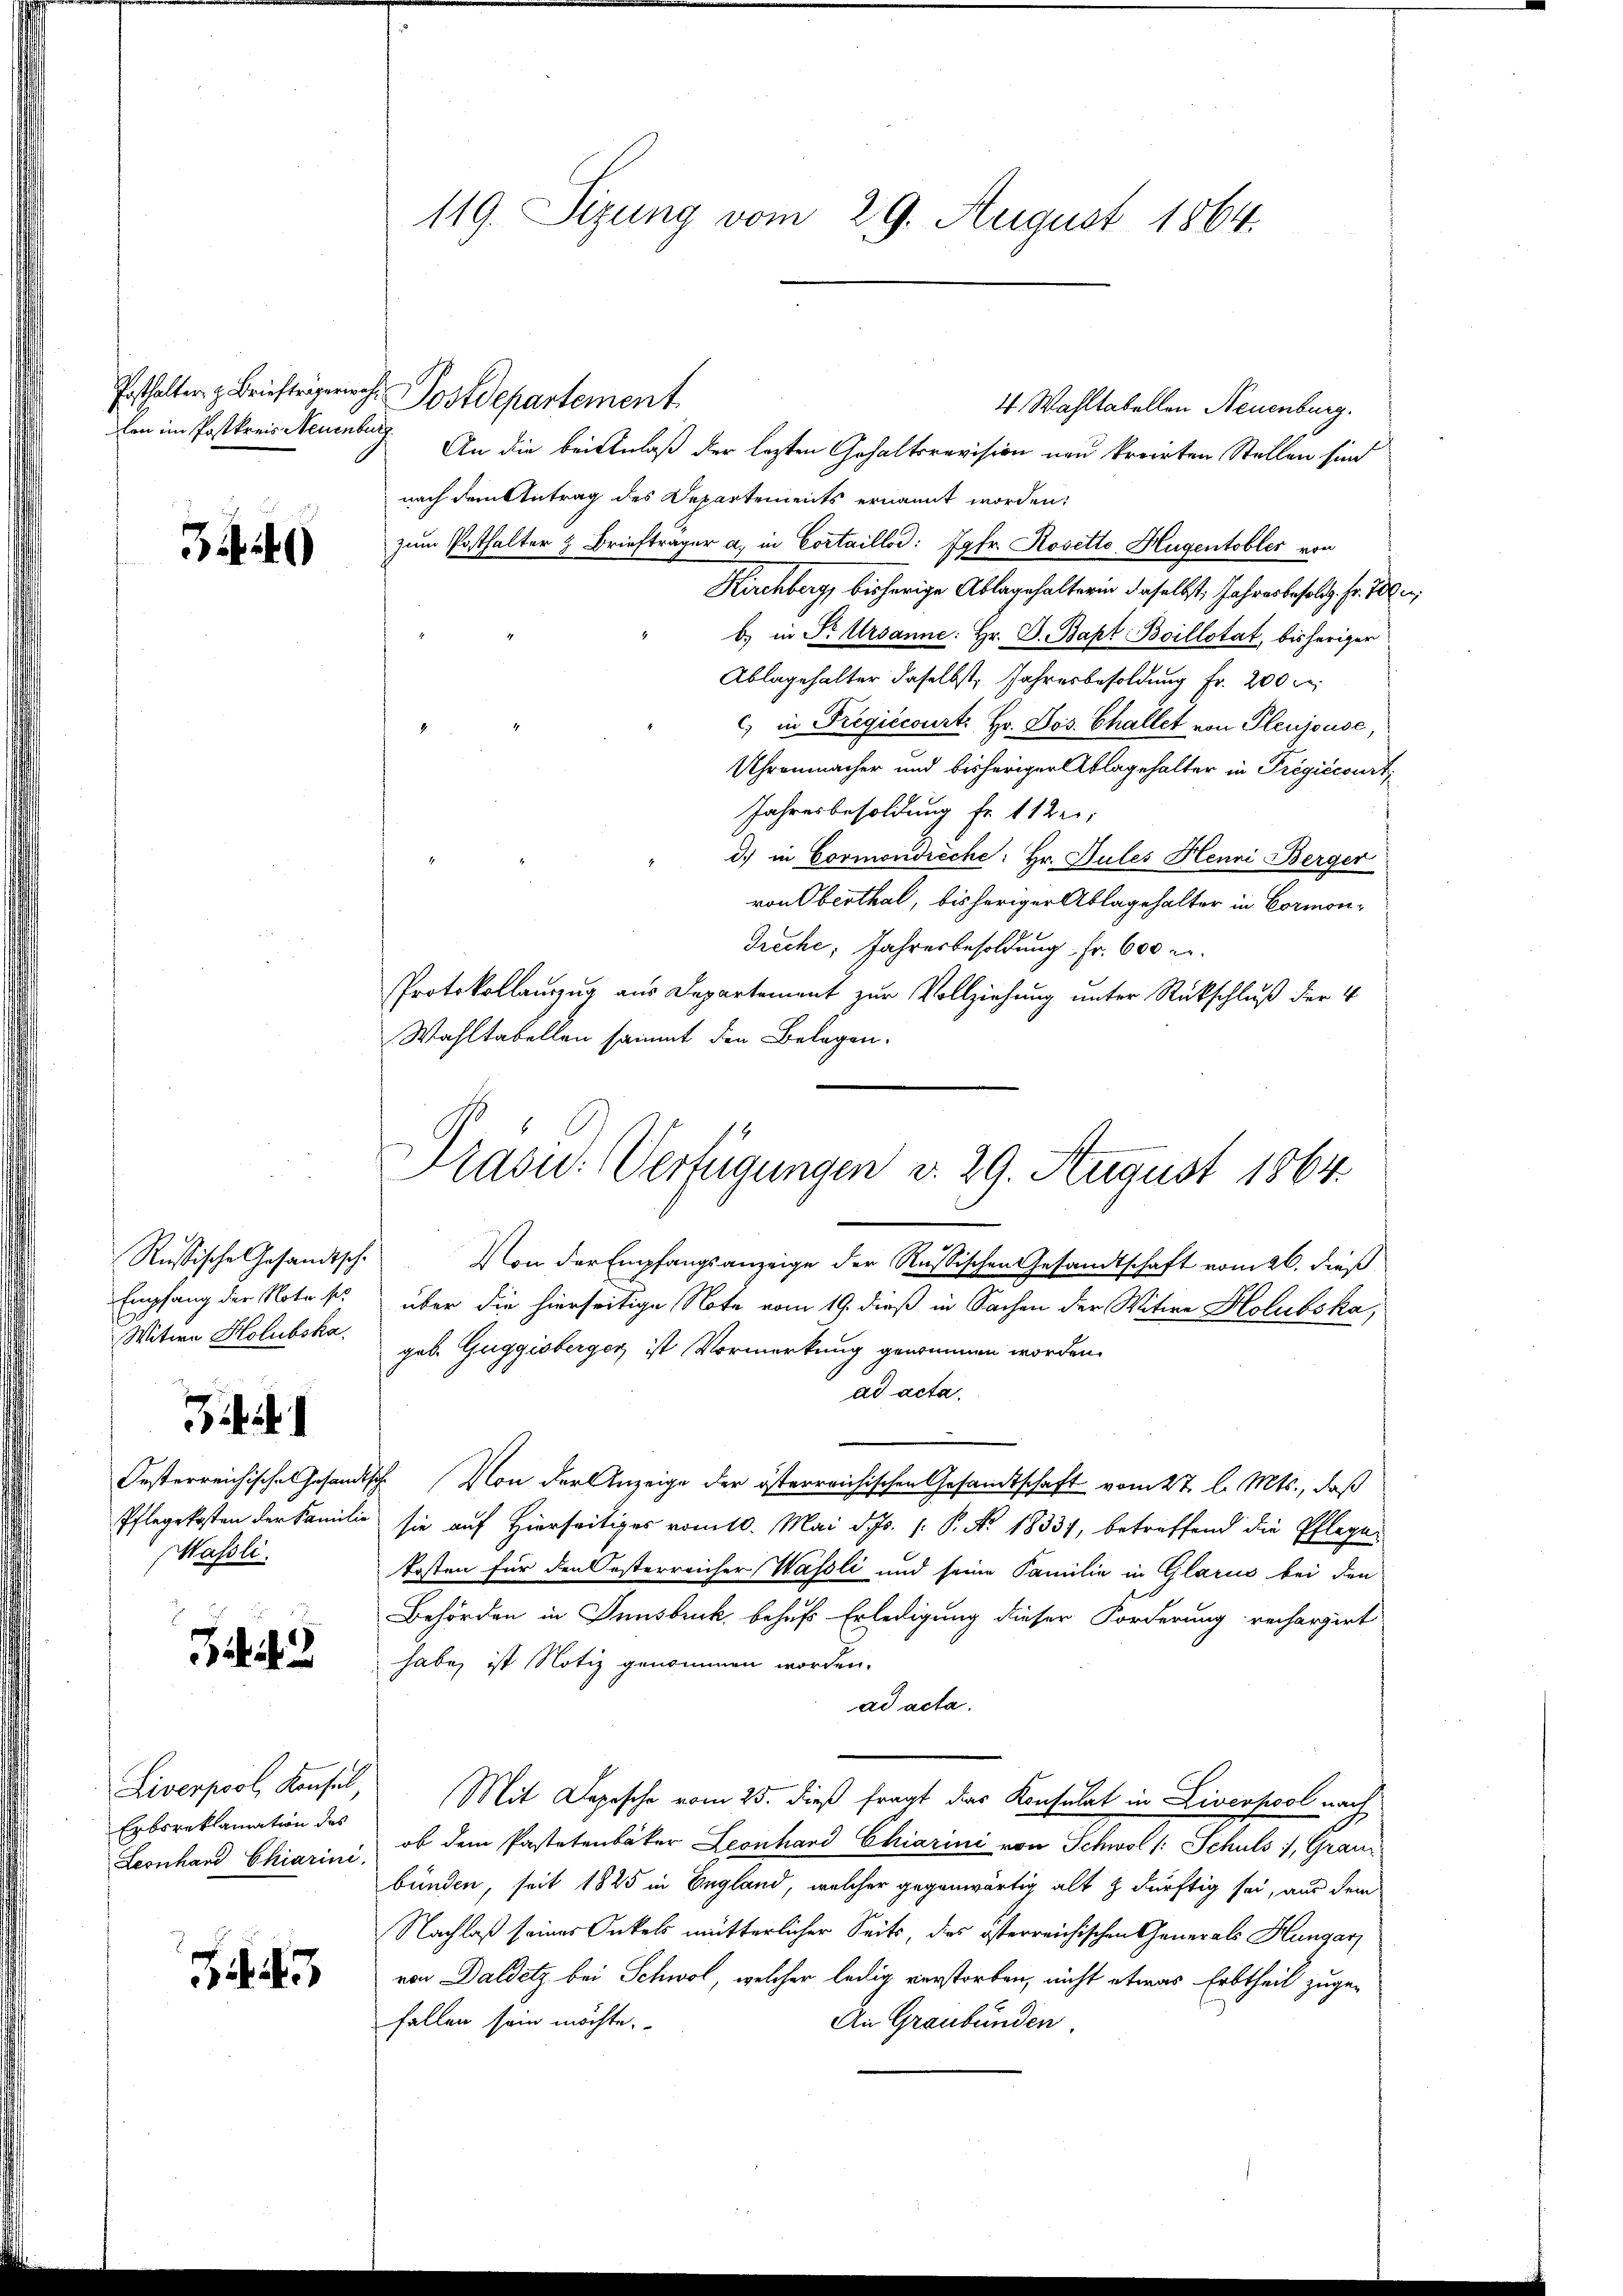
3440

Russische Gesandtsche
Empfang der Note sie
Witwe Holuboka

Oesterreichisches Gesandt,
Pflegekosten der Familie
Massli

3. 43

Liverpool, Konsel,
Erbsreklamation des
Leonhard Chiarini.

119. Sizung vom 29. August 1864.

Posthalter z. Briefträgerich. Postdepartement.
4 Wahltabellen Neuenburg.
len im Postkreis Neuenburg. An die bei Anlaß der lezten Gehaltsrevision neu kreisten Stellen sind
nach dem Antrag des Departements ernannt worden:
zum Posthalter & Briefträger a. in Cortaillod: Jgfr. Rosetto Hugentobler von
Kirchberg, bisherige Ablagehalterin daselbst, Jahres befolg. Fr. 700.
b) in Dr Ursanne: Hr. D. Bapt Boillotat, bisheriger
Ablagehalter daselbst, Jahresbesoldung fr. 200
c) in Fregićcourt Hr. Jos. Challet von Pleujouse,
Uhrenmacher und bisheriger Ablagehalter in Fregićcourt
Jahresbesoldung fr. 112;
d.) in Cormondreche: Hr. Pules Henni Berger
von Oberthal, bisheriger Ablagehalter in Cormon¬
Treche, Jahresbesoldung Fr. 600 u.
Protokollauszug aus Departement zur Vollziehung unter Rückschluß der 4
Wahltabellen sammt den Belegen.
Von der Empfangsanzeige der Russischen Gesandtschaft vom 26. dieß
über die hierseitige Note vom 19. dieß in Sachen der Witwe Holuboka,
geb. Guggisberger ist Vormerkung genommen worden.
ad acta.
h. Von der Anzeige der österreichischen Gesandtschaft vom 27. l. Mts., daß
sie auf Hierseitiges vom 10. Mai d. Js. 1. P. Nr. 1833, betreffend die Pfleger
kosten für den Oesterreicher Wassli und seine Familie in Glarus bei den
Behörden in Innsbruck behufs Erledigung dieser Forderung rechargirt
habe, ist Notiz genommen worden.
ad acta.
Mit Depesche vom 25. dieß fragt das Konsulat in Liverpool nach
ob dem Pastetenbaker Leonhard Chiarini von Schwol /: Schuls), Graubünden, seit 1825 in England, welcher gegenwärtig alt & dürftig sei, aus dem
Nachlaß seines Onkels mütterlicher Seits, das österreichischen Generals Hungar
von Daldetz bei Schwol, welcher ledig verstorben, nicht etwas Erbtheil zugefallen sein möchte.
An Graubünden.

Präsid.: Verfügungen d. 29. August 1864